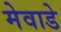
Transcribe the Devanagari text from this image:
मेवाडे